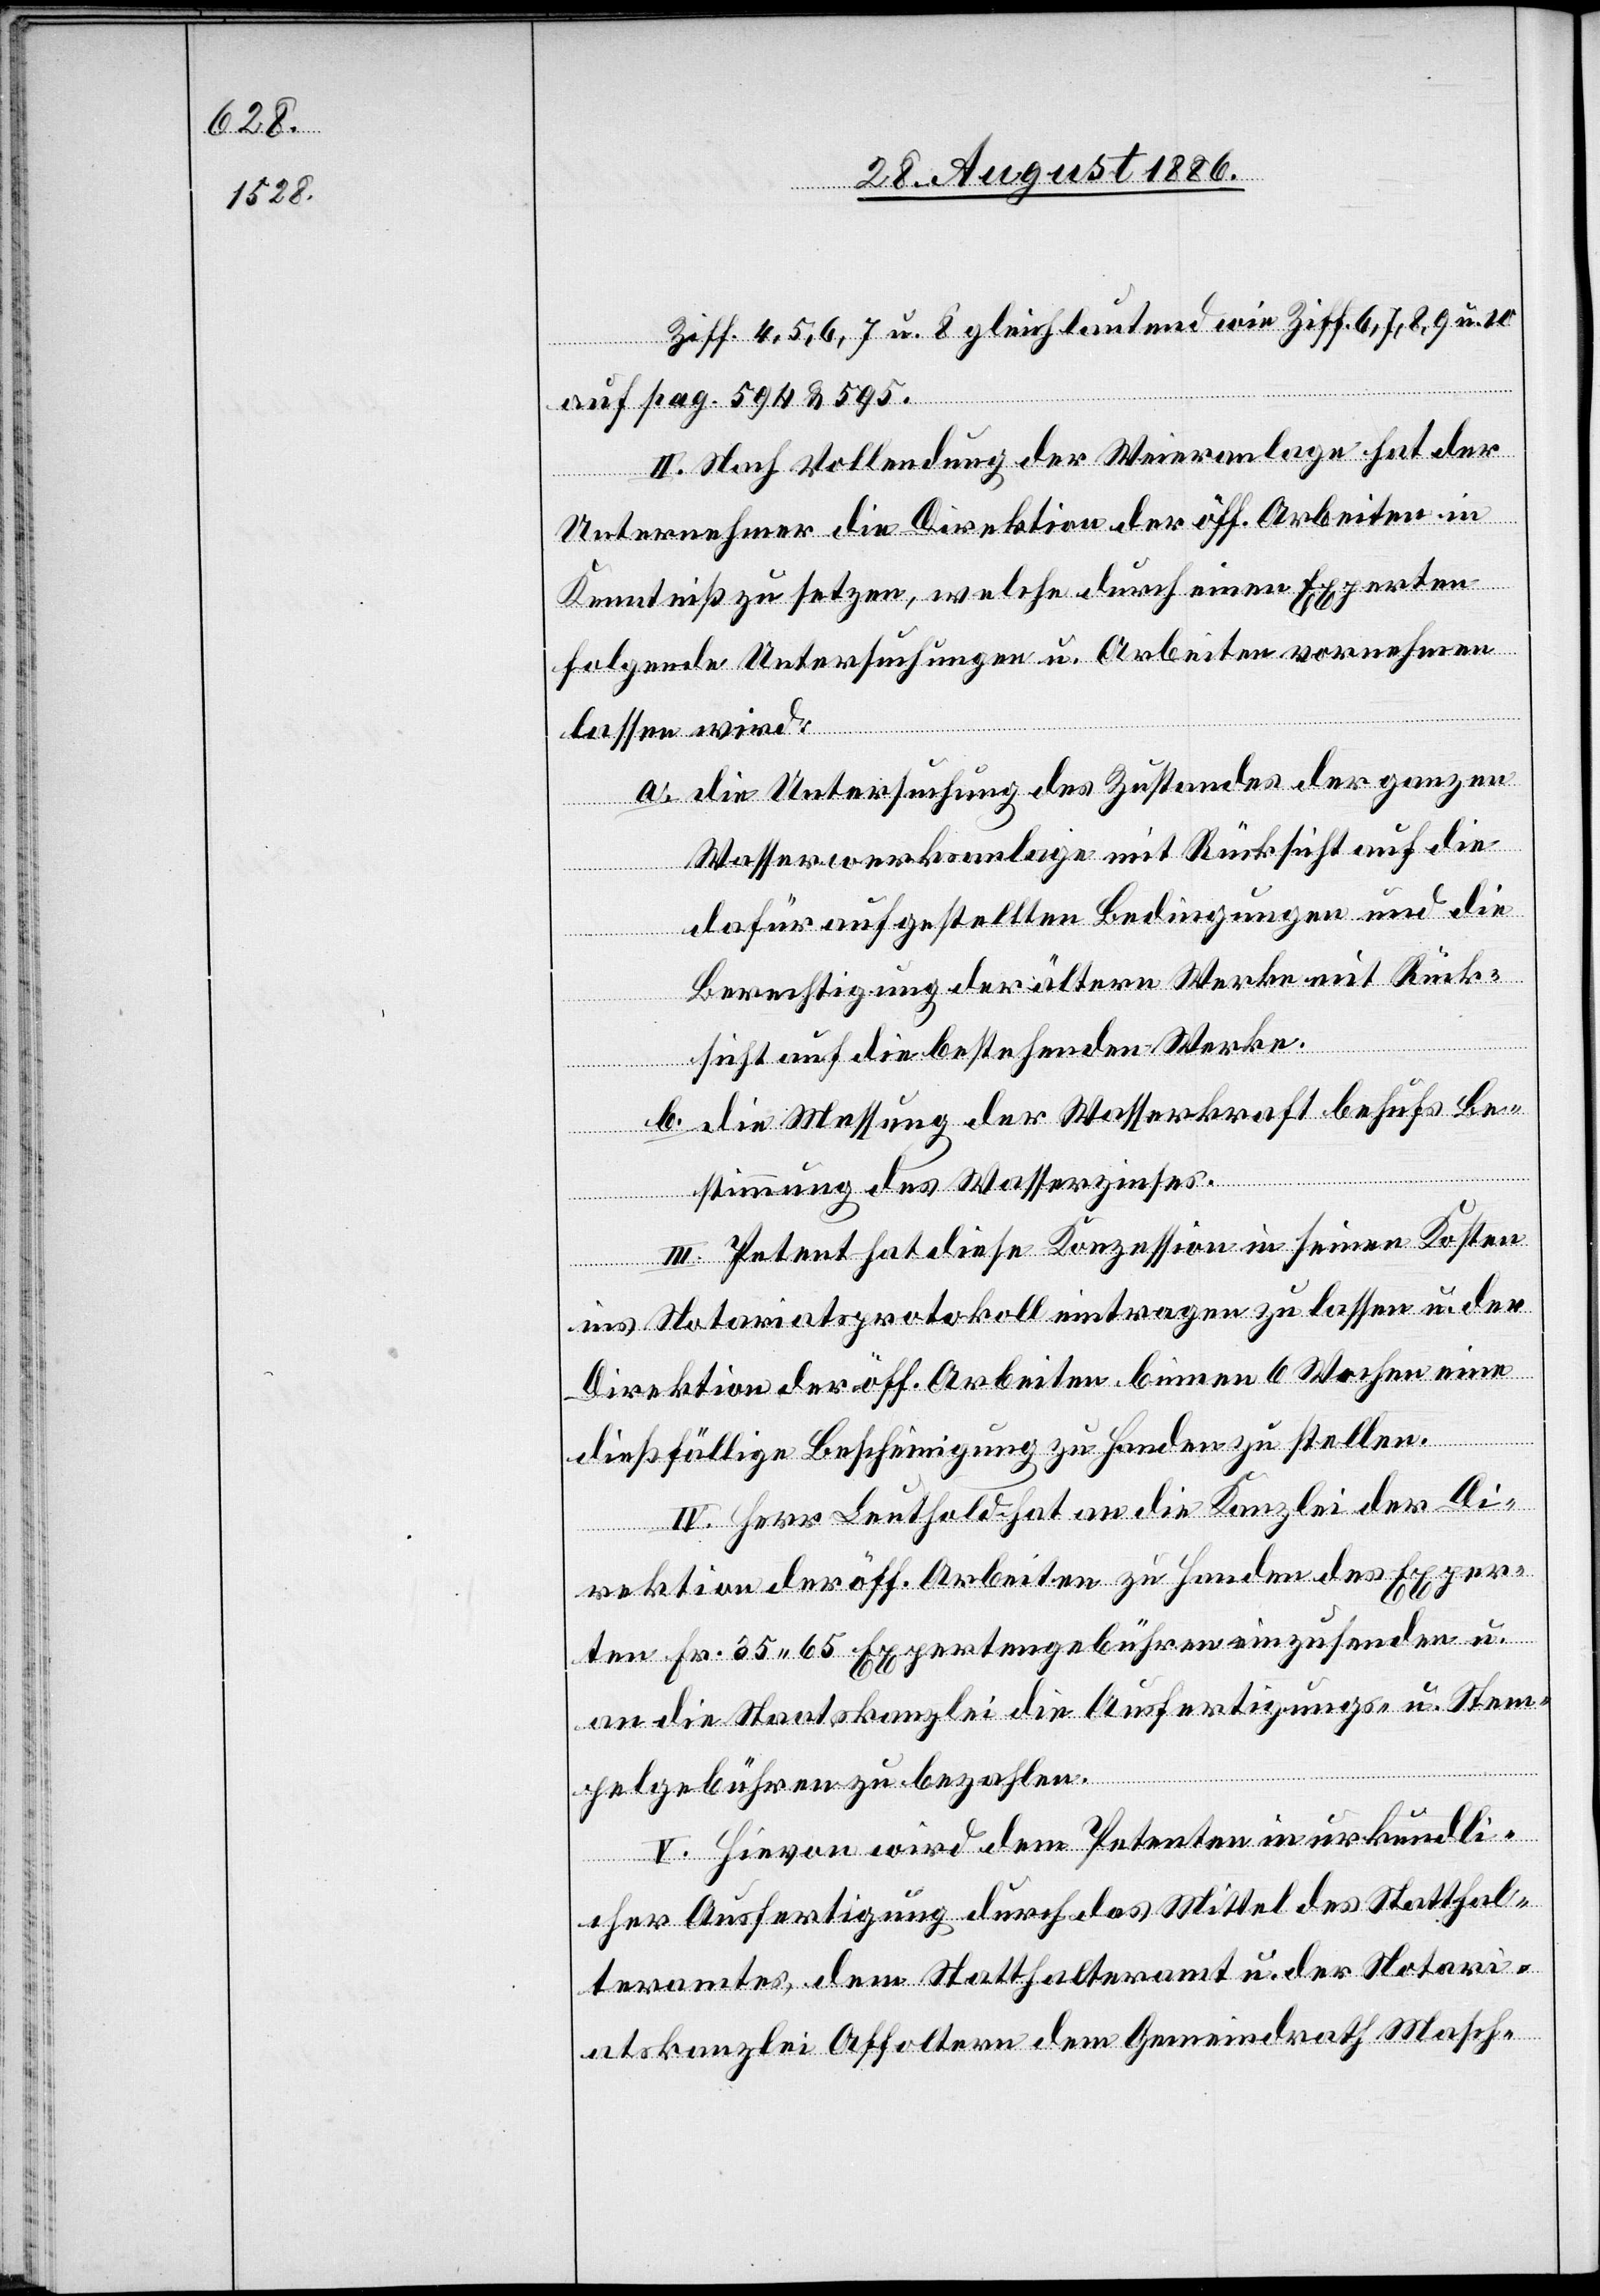
Ziff. 4, 5, 6, 7 u. 8 gleichlautend wie Ziff. 6, 7, 8, 9 u. 10
auf pag. 594 & 595.
II. Nach Vollendung der Weieranlage hat der
Unternehmer die Direktion der öff. Arbeiten in
Kenntniß zu setzen, welche durch einen Experten
folgende Untersuchungen u. Arbeiten vornehmen
lassen wird:
a. Die Untersuchung des Zustandes der ganzen
Wasserwerksanlage mit Rücksicht auf die
dafür aufgestellten Bedingungen und die
Berechtigung der ältern Werke mit Rück¬
sicht auf die bestehenden Werke.
b. Die Messung der Wasserkraft behufs Be¬
stimmung des Wasserzinses.
III. Petent hat diese Konzession in seinen Kosten
ins Notariatsprotokoll eintragen zu lassen u. der
Direktion der öff. Arbeiten binnen 6 Wochen eine
dießfällige Bescheinigung zu Handen zu stellen.
IV. Herr Leuthold hat an die Kanzlei der Di¬
rektion der öff. Arbeiten zu Handen des Exper¬
ten Fr. 35 65 Expertengebühren einzusenden u.
an die Staatskanzlei die Ausfertigungs- u. Stem¬
pelgebühren zu bezahlen.
V. Hievon wird dem Petenten in urkundli¬
cher Ausfertigung durch das Mittel des Statthal¬
teramtes, dem Statthalteramt u. der Notari¬
atskanzlei Affoltern dem Gemeindrath Masch-